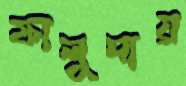
ফালুদায়